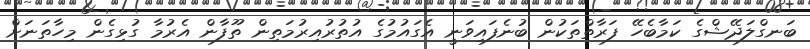
ބަނގްލަދޭޝްގެ ކަމާބެހޭ ފަރާތްތަކުން ބުނެފައިވަނީ އެގައުމުގެ އުތުރުއިރުމަތިން ތޫފާން އެރުމާ ގުޅިގެން މިހާތަނަށް